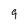
Character: 9